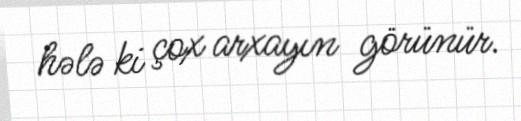
hələ ki çox arxayın görünür.